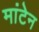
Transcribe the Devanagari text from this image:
मांटेन